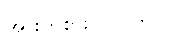
အားကစားပြိုင်ပွဲတွင်